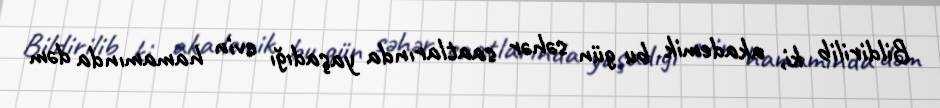
Bildirilib ki, akademik bu gün səhər saatlarında yaşadığı evin hamamında dəm